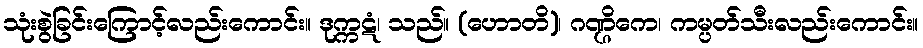
သုံးစွဲခြင်းကြောင့်လည်းကောင်း။ ဒုက္ကဋံ၊ သည်။ (ဟောတိ)၊ ဂဏ္ဌိကေ၊ ကမ္ပတ်သီးလည်းကောင်း။